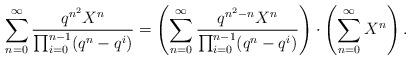
LaTeX: \begin{align*}\sum_{n=0}^\infty \frac{q^{n^2} X^n}{\prod_{i=0}^{n-1}(q^n-q^i)} = \left(\sum_{n=0}^\infty \frac{q^{n^2-n}X^n}{\prod_{i=0}^{n-1}(q^n-q^i)}\right) \cdot \left(\sum_{n=0}^\infty X^n\right).\end{align*}